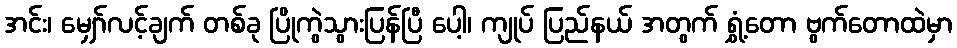
အင်း၊ မျှော်လင့်ချက် တစ်ခု ပြိုကွဲသွားပြန်ပြီ ပေါ့၊ ကျုပ် ပြည်နယ် အတွက် ရွှံ့တော ဗွက်တောထဲမှာ